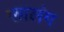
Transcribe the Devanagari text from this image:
फालंग